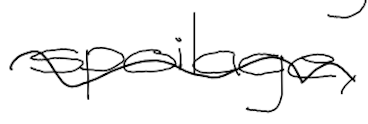
Text: spoilage,
Cross-out: wave
Writing tool: digital_black